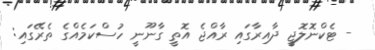
- ޓެކްނޮލޮޖީ ދާއިރާގައި ރާއްޖެ އޮތީ ގާނޫނީ ހުސްކަމެއްގެ ތެރޭގައި: